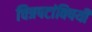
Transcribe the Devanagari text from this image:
चित्रपटांविषयी